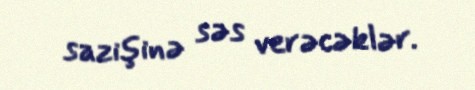
sazişinə səs verəcəklər.